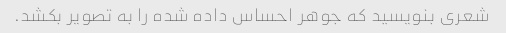
شعری بنویسید که جوهر احساس داده شده را به تصویر بکشد.